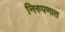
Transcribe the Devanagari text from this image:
निरुपणात